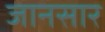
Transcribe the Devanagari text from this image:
जानसार